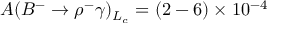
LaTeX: A ( B ^ { - } \to \rho ^ { - } \gamma ) _ { L _ { c } } = ( 2 - 6 ) \times 1 0 ^ { - 4 }